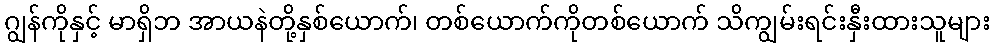
ဂျွန်ကိုနှင့် မာရှိဘ အာယနဲတို့နှစ်ယောက်၊ တစ်ယောက်ကိုတစ်ယောက် သိကျွမ်းရင်းနှီးထားသူများ